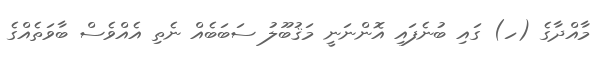
މާއްދާގެ (ހ) ގައި ބުނެފައި އޮންނަނީ މަޤުބޫލު ސަބަބެއް ނެތި އެއްވެސް ބާވަތެއްގެ